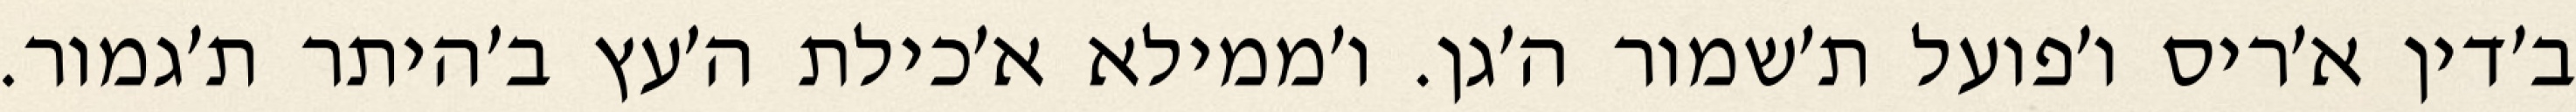
ב׳דין א׳ריס ו׳פועל ת׳שמור ה׳גן. ו׳ממילא א׳כילת ה׳עץ ב׳היתר ת׳גמור.